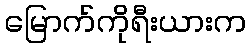
မြောက်ကိုရီးယားက